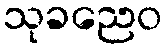
သုခညေဝ